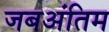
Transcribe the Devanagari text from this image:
जबअंतिम